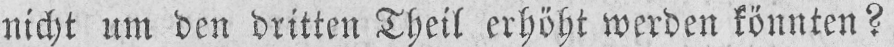
nicht um den dritten Theil erhöht werden könnten?